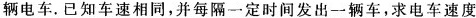
辆电车。已知车速相同，并每隔一定时间发出一辆车，求电车速度